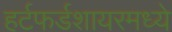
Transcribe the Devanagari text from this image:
हर्टफर्डशायरमध्ये